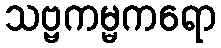
သဗ္ဗကမ္မကရော